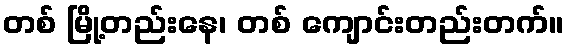
တစ် မြို့တည်းနေ၊ တစ် ကျောင်းတည်းတက်။